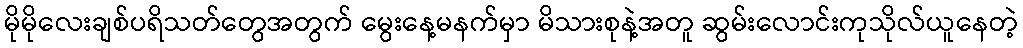
မိုမိုလေးချစ်ပရိသတ်တွေအတွက် မွေးနေ့မနက်မှာ မိသားစုနဲ့အတူ ဆွမ်းလောင်းကုသိုလ်ယူနေတဲ့